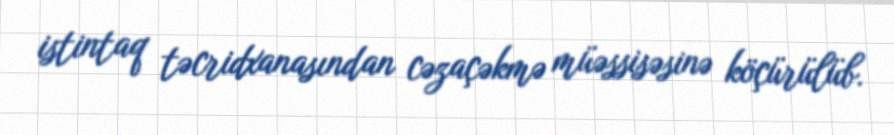
istintaq təcridxanasından cəzaçəkmə müəssisəsinə köçürülüb.